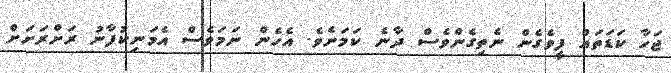
ޖަހާ ކަޑަތައް ފީވެގެން ނެތިގެންވެސް ދާނެ ކަމަށެވެ. އެހެން ނަމަވެސް އެމަނިކުފާނު ރަށްރަށަށް